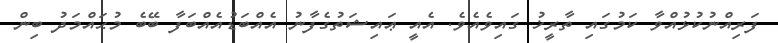
ފަރިއްނުކުޅުއްވާ ކަމުގައި ތާރީޚު ގައިވެއެވެ. އެއީ ޢައިޝަތުގެފާނު އެއްބަޑުއެއްބަފާ ބޭބެ މުޙައްމަދު ބިން